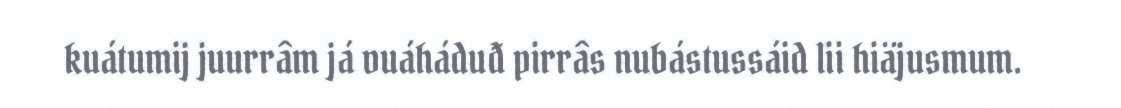
kuátumij juurrâm já vuáháduđ pirrâs nubástussáid lii hiäjusmum.